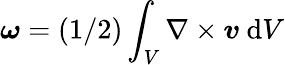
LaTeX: \boldsymbol{\omega}=(1/2)\int_{V}\nabla\times\boldsymbol{v}\ \mathrm{d}V